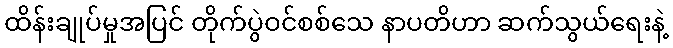
ထိန်းချုပ်မှုအပြင် တိုက်ပွဲဝင်စစ်သေ နာပတိဟာ ဆက်သွယ်ရေးနဲ့